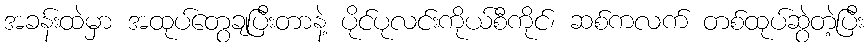
အခန်းထဲမှာ အထုပ်တွေချပြီးတာနဲ့ ပိုင်ပုလင်းကိုယ်စီကိုင်၊ ဆစ်ကလက် တစ်ထုပ်ဆွဲတဲ့ပြီး